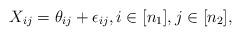
LaTeX: \begin{align*}X_{ij}=\theta_{ij}+\epsilon_{ij}, i\in[n_1], j\in[n_2],\end{align*}